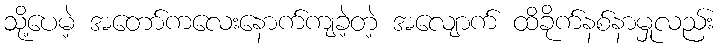
သို့ပေမဲ့ အတော်ကလေးနောက်ကျခဲ့တဲ့ အလျောက် ထိခိုက်နစ်နာမှုလည်း